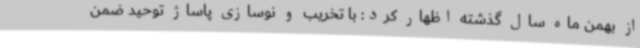
از بهمن ماه سال گذشته اظهار کرد: با تخریب و نوسازی پاساژ توحید ضمن